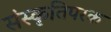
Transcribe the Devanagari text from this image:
संस्कृतिपरक